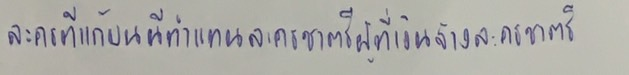
ละครที่แก้บนนี้ทำแทนละครชาตรีผู้ที่เงินจ้างละครชาตรี